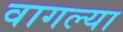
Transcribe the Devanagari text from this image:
वागल्या